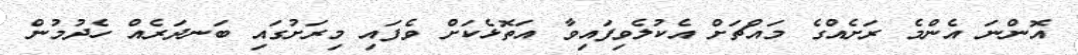
އޮންނަ އެންމެ ރަށެއްގެ މައްޗަށް އެކުލެވިފައިވާ އަތޮޅެކަށް ވެފައި މިރަށުގައި ބަނދަރެއް ހެދުމުން